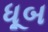
ધૂબ